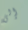
إلى